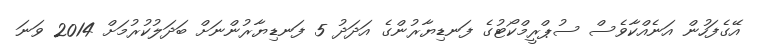
އޭގެފަހުން އަނެއްކާވެސް ސުޕްރީމްކޯޓުގެ ފަނޑިޔާރުންގެ އަދަދު 5 ފަނޑިޔާރުންނަށް ބަދަލުކުރުމަށް 2014 ވަނަ